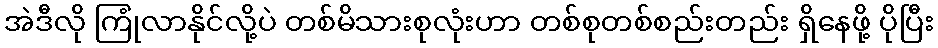
အဲဒီလို ကြုံလာနိုင်လို့ပဲ တစ်မိသားစုလုံးဟာ တစ်စုတစ်စည်းတည်း ရှိနေဖို့ ပိုပြီး